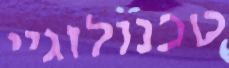
טכנולוגיי